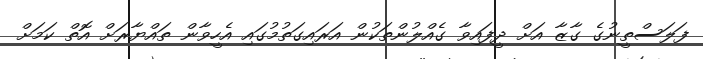
ފަލަސްތީނުގެ ގާޒާ އަށް ދީފައިވާ ގެއްލުންތަކުން އަރައިގަތުމުގައި އެހީވާން ތައްޔާރަށް އޮތް ކަމަށް